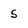
Character: 5